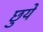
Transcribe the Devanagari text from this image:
छुयें